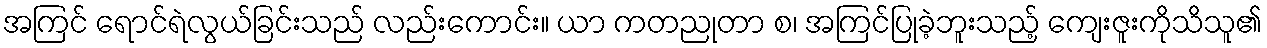
အကြင် ရောင်ရဲလွယ်ခြင်းသည် လည်းကောင်း။ ယာ ကတညုတာ စ၊ အကြင်ပြုခဲ့ဘူးသည့် ကျေးဇူးကိုသိသူ၏